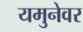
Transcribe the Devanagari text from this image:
यमुनेवर